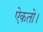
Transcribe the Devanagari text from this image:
ऐकतो।